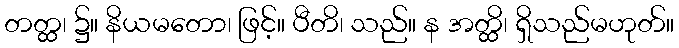
တတ္ထ၊ ၌။ နိယမတော၊ ဖြင့်။ ပီတိ၊ သည်။ န အတ္ထိ၊ ရှိသည်မဟုတ်။